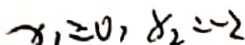
x _ { 1 } = 0 , x _ { 2 } = - 2